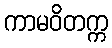
ကာမဝိတက္က